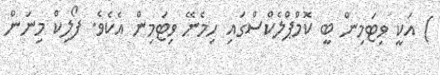
) އަކީ ވިޓަމިން ބީ ކޮމްޕްލެކްސްގައި ހިމެނޭ ވިޓަމިން އެކެވެ. ފޯލިކް މިނަން